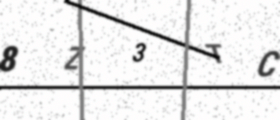
Text: 8Z3TC